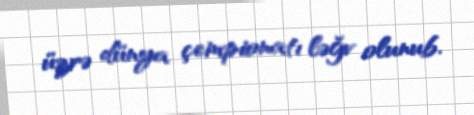
üzrə dünya çempionatı ləğv olunub.